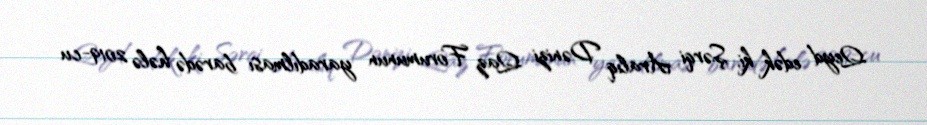
Qeyd edək ki, Şərqi Aralıq Dənizi Qaz Forumunun yaradılması barədə hələ 2019-cu